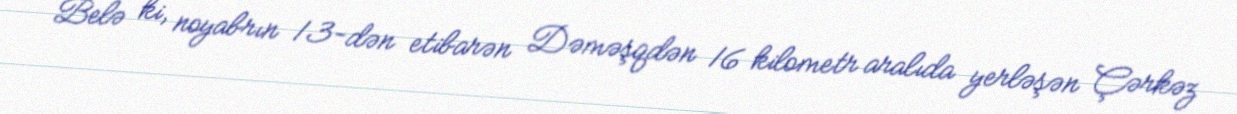
Belə ki, noyabrın 13-dən etibarən Dəməşqdən 16 kilometr aralıda yerləşən Çərkəz